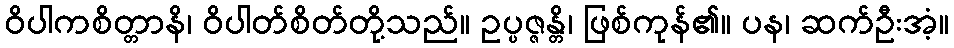
ဝိပါကစိတ္တာနိ၊ ဝိပါတ်စိတ်တို့သည်။ ဥပ္ပဇ္ဇန္တိ၊ ဖြစ်ကုန်၏။ ပန၊ ဆက်ဦးအံ့။